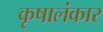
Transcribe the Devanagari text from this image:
कृषालंकार